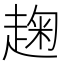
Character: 趜